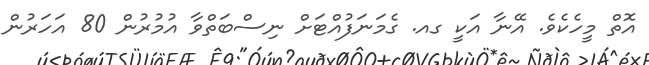
އޮތް މީހެކެވެ. އޭނާ އަކީ ގއ. ގެމަނަފުއްޓަށް ނިސްބަތްވާ އުމުރުން 80 އަހަރުން